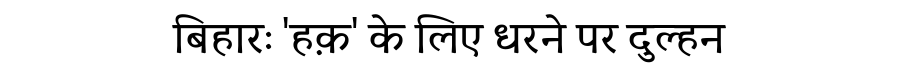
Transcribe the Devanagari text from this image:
बिहारः 'हक़' के लिए धरने पर दुल्हन